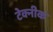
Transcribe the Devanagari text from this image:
टेक्नीक